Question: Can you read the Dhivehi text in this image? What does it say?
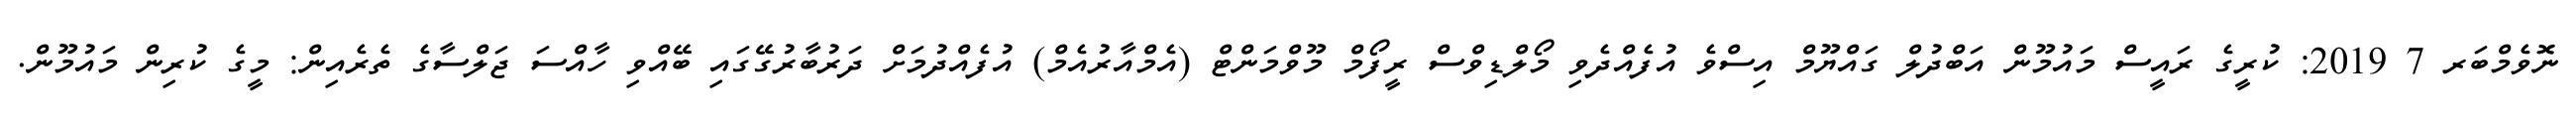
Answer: ނޮވެމްބަރ 7 2019: ކުރީގެ ރައީސް މައުމޫން އަބްދުލް ގައްޔޫމް އިސްވެ އުފެއްދެވި މޯލްޑިވްސް ރީފޯމް މޫވްމަންޓް (އެމްއާރުއެމް) އުފެއްދުމަށް ދަރުބާރުގޭގައި ބޭއްވި ހާއްސަ ޖަލްސާގެ ތެރެއިން: މީގެ ކުރިން މައުމޫން.